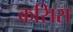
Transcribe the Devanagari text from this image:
कसिरा